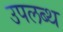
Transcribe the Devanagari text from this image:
उपलब्थ